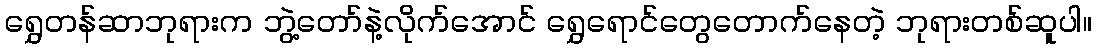
ရွှေတန်ဆာဘုရားက ဘွဲ့တော်နဲ့လိုက်အောင် ရွှေရောင်တွေတောက်နေတဲ့ ဘုရားတစ်ဆူပါ။